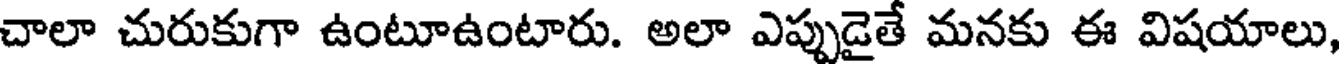
చాలా చురుకుగా ఉంటూఉంటారు. అలా ఎప్పుడైతే మనకు ఈ విషయాలు,